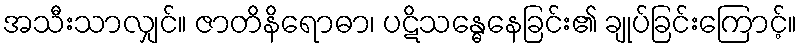
အသီးသာလျှင်။ ဇာတိနိရောဓာ၊ ပဋိသန္ဓေနေခြင်း၏ ချုပ်ခြင်းကြောင့်။